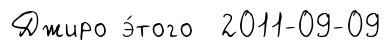
Джиро э́того 2011-09-09